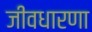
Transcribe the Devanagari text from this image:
जीवधारणा